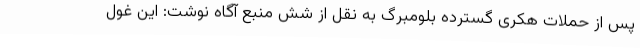
پس از حملات هکری گسترده بلومبرگ به نقل از شش منبع آگاه نوشت: این غول